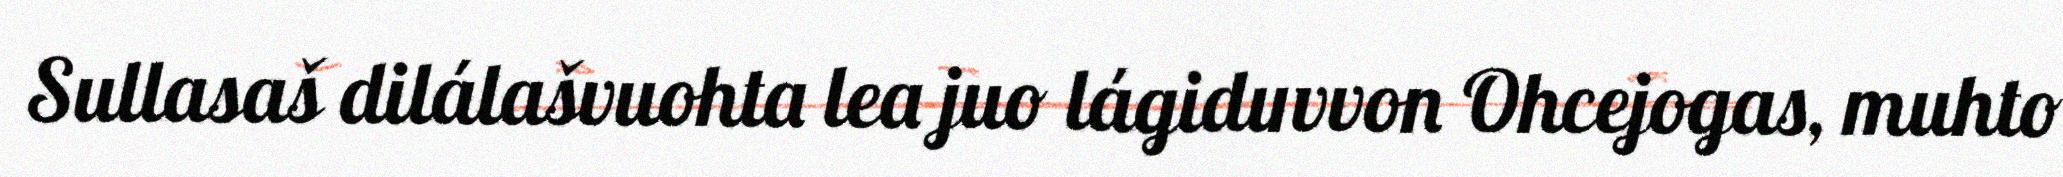
Sullasaš dilálašvuohta lea juo lágiduvvon Ohcejogas, muhto